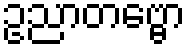
ဥညာတဗ္ဗော